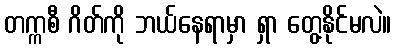
တက္ကစီ ဂိတ်ကို ဘယ်နေရာမှာ ရှာ တွေ့နိုင်မလဲ။